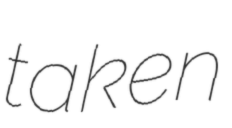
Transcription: taken